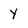
Character: Y